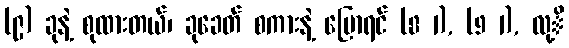
(၉) ခုနဲ့ စုထားတယ်၊ ခုခေတ် စကားနဲ့ ပြောရင် (8 1), (9 1), လု့ိ